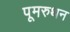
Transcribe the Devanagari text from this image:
पूमरुथन